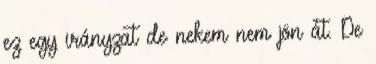
ez egy irányzat de nekem nem jön át. De